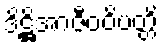
ဒိဋ္ဌိအာဇီဝဝိပတ္တိ